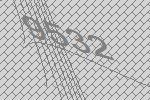
9532